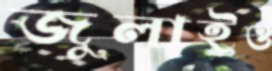
জুলাইও